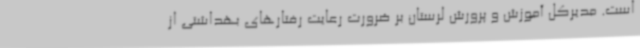
است. مدیرکل آموزش و پرورش لرستان بر ضرورت رعایت رفتارهای بهداشتی از